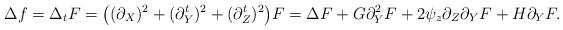
LaTeX: \begin{align*}\Delta f=\Delta_t F=\big((\partial_X)^2+(\partial_Y^t)^2+(\partial_Z^t)^2\big)F=\Delta F+G\partial_Y^2F+2\psi_z\partial_Z\partial_YF+H\partial_YF.\end{align*}